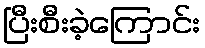
ပြီးစီးခဲ့ကြောင်း